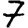
Digit: 7